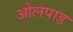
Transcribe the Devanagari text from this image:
ओलपाड